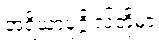
အရိယာပုဂ္ဂိုလ်တို့မှာ